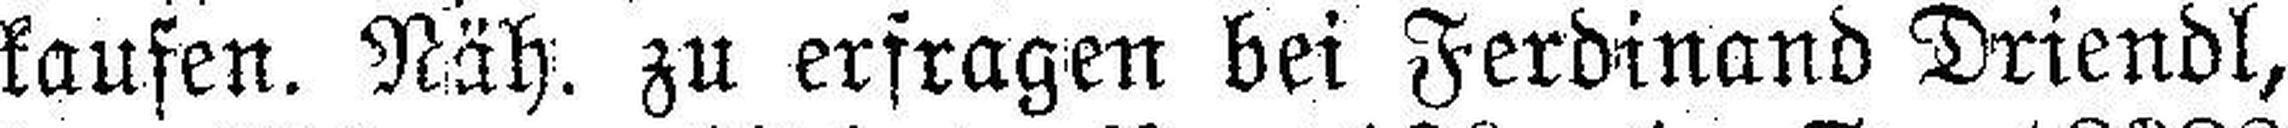
kaufen. Näh. zu erfragen bei Ferdinand Driendl,